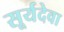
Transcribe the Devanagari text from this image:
सूर्यदेवा